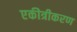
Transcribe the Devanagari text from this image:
एकीत्रीकरण